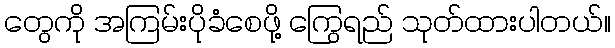
တွေကို အကြမ်းပိုခံစေဖို့ ကြွေရည် သုတ်ထားပါတယ်။